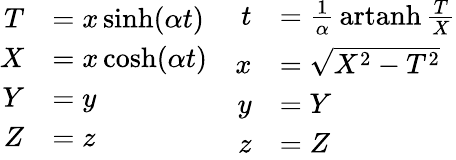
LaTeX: {\begin{array}{cc}{{\begin{array}{rl}{T}&{=x\sinh(\alpha t)}\\ {X}&{=x\cosh(\alpha t)}\\ {Y}&{=y}\\ {Z}&{=z}\end{array}}}&{{\begin{array}{rl}{t}&{={\frac{1}{\alpha}}\operatorname{artanh}{\frac{T}{X}}}\\ {x}&{={\sqrt{X^{2}-T^{2}}}}\\ {y}&{=Y}\\ {z}&{=Z}\end{array}}}\end{array}}